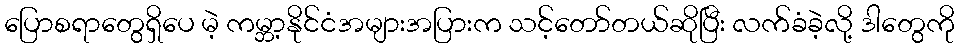
ပြောစရာတွေရှိပေ မဲ့ ကမ္ဘာ့နိုင်ငံအများအပြားက သင့်တော်တယ်ဆိုပြီး လက်ခံခဲ့လို့ ဒါတွေကို